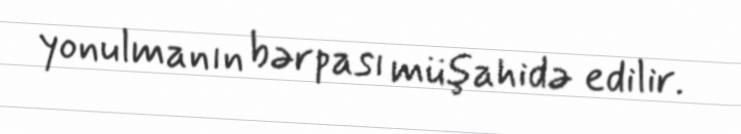
yonulmanın bərpası müşahidə edilir.